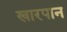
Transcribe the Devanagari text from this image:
खारपान